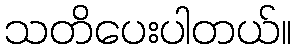
သတိပေးပါတယ်။